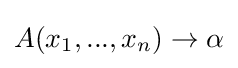
A(x_{1},...,x_{n})\to \alpha